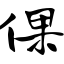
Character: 倮